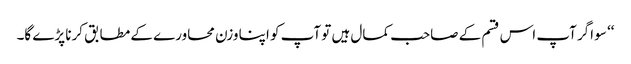
‘‘ سو اگر آپ اس قسم کے صاحب کمال ہیں تو آپ کو اپنا وزن محاورے کے مطابق کرنا پڑے گا۔